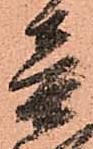
音